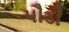
પૌડી